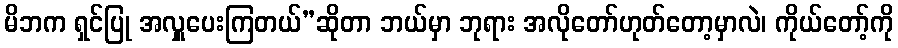
မိဘက ရှင်ပြု အလှူပေးကြတယ်”ဆိုတာ ဘယ်မှာ ဘုရား အလိုတော်ဟုတ်တော့မှာလဲ၊ ကိုယ်တော့်ကို